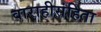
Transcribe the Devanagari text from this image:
वाराहीसंहिता